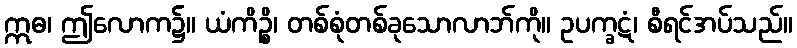
ဣဓ၊ ဤလောက၌။ ယံကိဉ္စိ၊ တစ်စုံတစ်ခုသောလာဘ်ကို။ ဥပက္ခဋံ၊ စီရင်အပ်သည်။